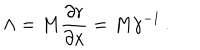
\Lambda = M \frac { \partial r } { \partial x } = M \gamma ^ { - 1 } \, .